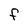
Character: f